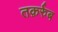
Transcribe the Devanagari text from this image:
तक़र्रुब